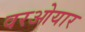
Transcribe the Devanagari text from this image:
वरओयार